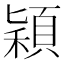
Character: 穎